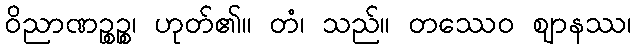
ဝိညာဏဉ္စဉ္စ၊ ဟုတ်၏။ တံ၊ သည်။ တဿေဝ ဈာနဿ၊